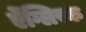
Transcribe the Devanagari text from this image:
ऐंग्लिस्क